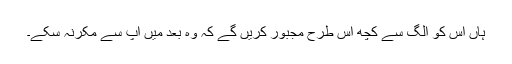
ہاں اس کو الگ سے کچھ اس طرح مجبور کریں گے کہ وہ بعد میں آپ سے مکرنہ سکے۔